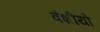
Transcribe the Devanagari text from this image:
वंशीयो